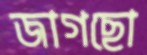
জাগছো